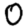
Digit: 0